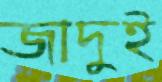
জাদুই